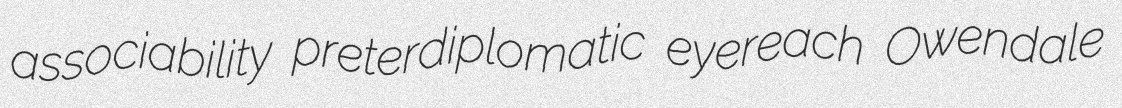
associability preterdiplomatic eyereach Owendale